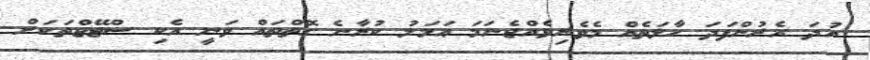
އުދަ އެރުންފަދަ ހާލަތެއް މެވެރިވެއްޖެނަމަ ޢަމަލު ކުރާނެ ގޮތްތައް ވަނީ އެކި ސްޓޭޖްތަކަށް